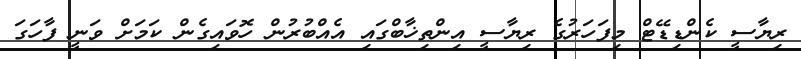
ރިޔާސީ ކެންޑިޑޭޓް މިފަހަރުގެ ރިޔާސީ އިންތިޚާބްގައި އެއްބުރުން ހޮވައިގެން ކަމަށް ވަނީ ފާހަގަ